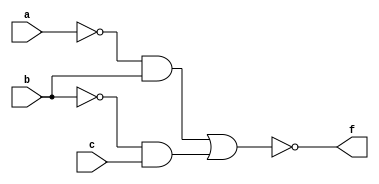
module structural_example (
  input a, b, c,
  output f
);

  not (not_a, a);
  not (not_b, b);

  and (x, not_a, b);
  and (y, not_b, c);

  or  (x_y, x, y);
  not (f, x_y);

endmodule